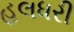
હલધરી